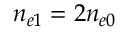
n _ { e 1 } = 2 n _ { e 0 }